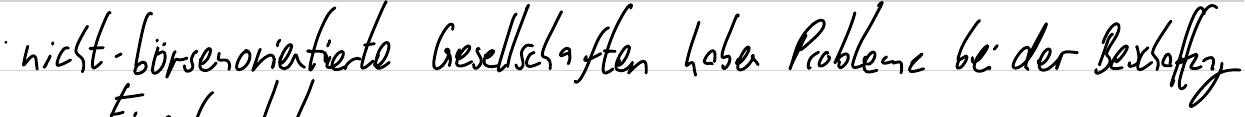
nicht-börsenorientierte Gesellschaften haben Probleme bei der Beschaffung